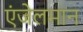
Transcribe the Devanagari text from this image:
एंजेलमान